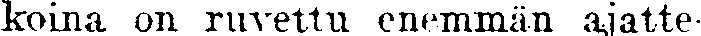
koina on ruvettu enemmän ajatte-